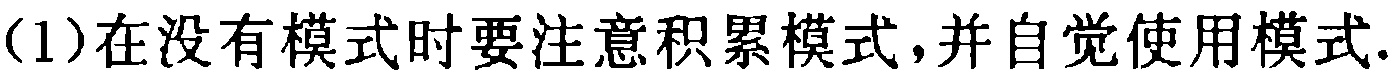
(1)在没有模式时要注意积累模式,并自觉使用模式.